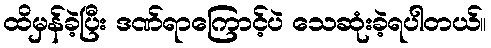
ထိမှန်ခဲ့ပြီး ဒဏ်ရာကြောင့်ပဲ သေဆုံးခဲ့ရပါတယ်။